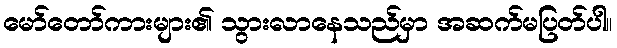
မော်တော်ကားများ၏ သွားလာနေသည်မှာ အဆက်မပြတ်ပါ။